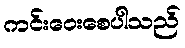
ကင်းဝေးစေပါသည်